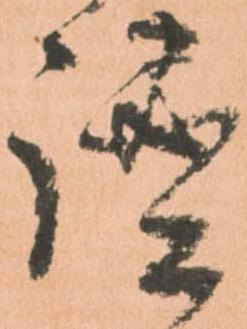
謐